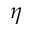
\eta